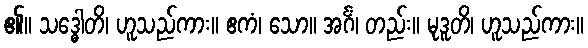
၏။ သဒ္ဓေါတိ၊ ဟူသည်ကား။ ဧကံ၊ သော။ အင်္ဂံ၊ တည်း။ မုဒူတိ၊ ဟူသည်ကား။